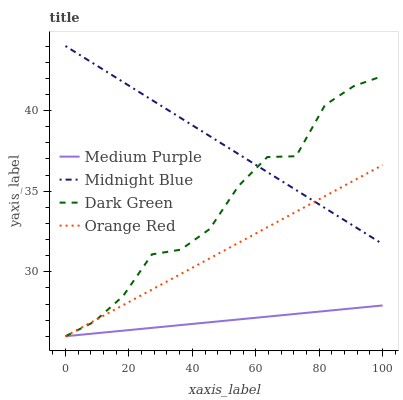
| xaxis_label | Medium Purple | Midnight Blue | Dark Green | Orange Red |
 | --- | --- | --- | --- | --- |
 | 0 | 26 | 44 | 26 | 26 |
 | 9.09 | 26.2 | 42.9 | 26.9 | 27 |
 | 18.2 | 26.3 | 41.8 | 28.5 | 27.9 |
 | 27.3 | 26.5 | 40.7 | 31.1 | 28.9 |
 | 36.4 | 26.7 | 39.5 | 31.4 | 29.9 |
 | 45.5 | 26.9 | 38.4 | 32.6 | 30.8 |
 | 54.5 | 27 | 37.3 | 35.3 | 31.8 |
 | 63.6 | 27.2 | 36.2 | 37.1 | 32.8 |
 | 72.7 | 27.4 | 35.1 | 37.2 | 33.7 |
 | 81.8 | 27.6 | 34 | 40.3 | 34.7 |
 | 90.9 | 27.7 | 32.8 | 41.5 | 35.7 |
 | 100 | 27.9 | 31.7 | 42.1 | 36.6 |